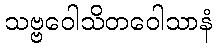
သဗ္ဗဝေါသိတဝေါသာနံ